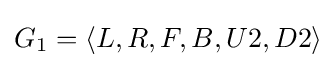
G_{1}=\langle L,R,F,B,U2,D2\rangle